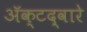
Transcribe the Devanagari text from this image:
अॅक्टद्वारे